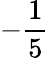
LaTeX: -\frac{1}{5}